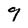
Character: 9